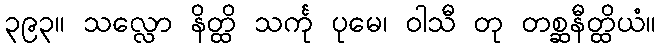
၃၉၃။ သလ္လော နိတ္ထိ သင်္ကု ပုမေ၊ ဝါသီ တု တစ္ဆနီတ္ထိယံ။